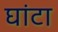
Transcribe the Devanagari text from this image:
घांटा